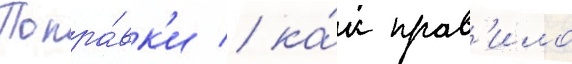
Попра́вк'и / ка́к прав'ило